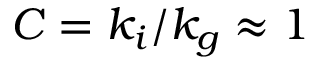
C = k _ { i } / k _ { g } \approx 1